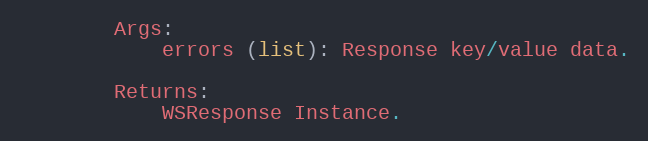
Language: Python
        Args:
            errors (list): Response key/value data.

        Returns:
            WSResponse Instance.